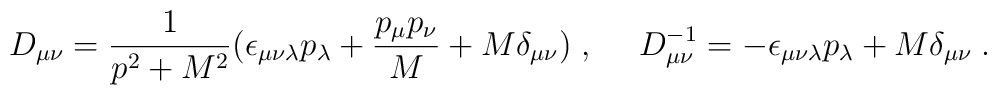
D_{\mu\nu}=\frac{1}{p^2+M^2}(\epsilon_{\mu\nu\lambda}p_\lambda+\frac{p_\mu p_\nu}{M}+M\delta_{\mu\nu})\;,{}~~~~D^{-1}_{\mu\nu} = -\epsilon_{\mu\nu\lambda}p_\lambda +M\delta_{\mu\nu}\;.